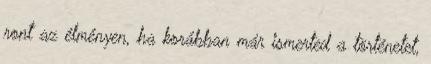
ront az élményen, ha korábban már ismerted a történetet,